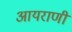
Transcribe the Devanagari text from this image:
आयराणी